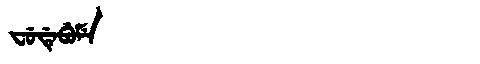
Manchu: ᠸᡠᡩᡝᠪᡠᠮᡝ
Romanization: FUDEBUME